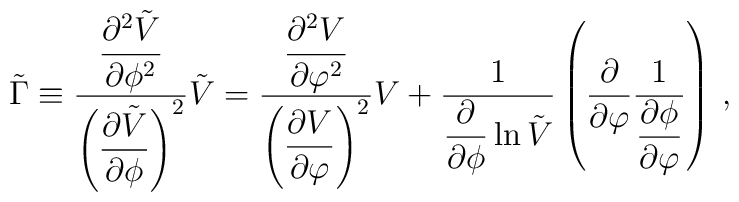
\tilde{\Gamma} \equiv \frac{\displaystyle{\frac{\partial^2 \tilde{V}}{\partial \phi^2}}}{\left(\displaystyle{\frac{\partial \tilde{V}}{\partial \phi}} \right)^2}\tilde{V}=\frac{\displaystyle{\frac{\partial^2 V}{\partial \varphi^2}}}{\left(\displaystyle{\frac{\partial V}{\partial \varphi}} \right)^2} V +\frac{1}{\displaystyle{\frac{\partial}{\partial \phi} \ln \tilde{V}}}\left(\frac{\partial}{\partial \varphi} \frac{1}{\displaystyle{\frac{\partial \phi}{\partial \varphi}}} \right)\,, \nonumber